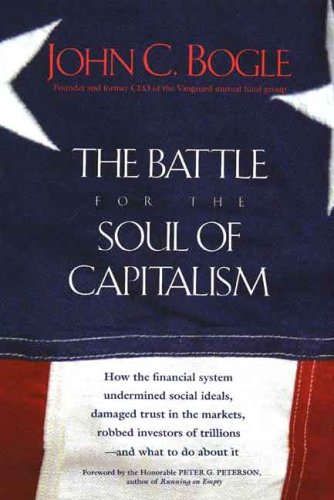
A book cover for The Battle for the Soul of Capitalism; John C. Bogle; Business & Money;